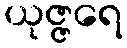
ယုဇ္ဇရေ